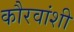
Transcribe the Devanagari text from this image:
कौरवांशी